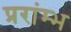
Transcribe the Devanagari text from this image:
प्ररांम्भ